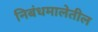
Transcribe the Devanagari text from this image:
निबंधमालेतील